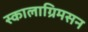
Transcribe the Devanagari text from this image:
स्कालाग्रिमसन